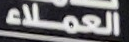
العملاء